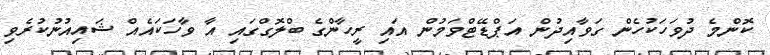
ކޮންމެ ދުވަހަކުހެން ގަވާއިދުން އަޕްޑޭޓްވަމުން އައި ރީހާންގެ ބްލޮގްގައި އާ ވާހަކައެއް ޝައިއުނުކުރެވި